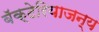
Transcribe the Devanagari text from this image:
बॅक्टेरियाजन्य